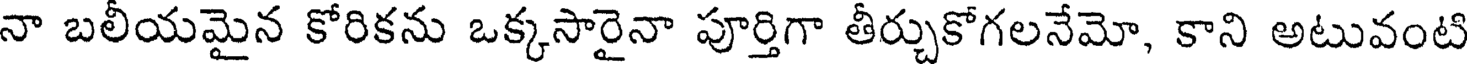
నా బలీయమైన కోరికను ఒక్కసారైనా పూర్తిగా తీర్చుకోగలనేమో, కాని అటువంటి